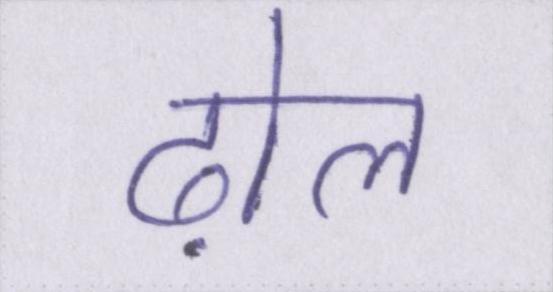
ढ़ोल